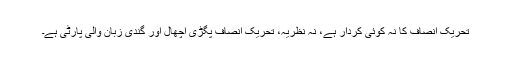
تحریک انصاف کا نہ کوئی کردار ہے، نہ نظریہ، تحریک انصاف پگڑی اچھال اور گندی زبان والی پارٹی ہے۔